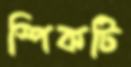
স্পিকটি